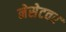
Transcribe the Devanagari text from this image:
नेसेटवर